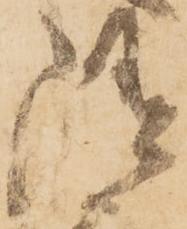
随